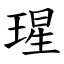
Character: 瑆